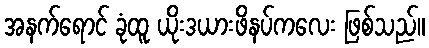
အနက်ရောင် ခုံထူ ယိုးဒယားဖိနပ်ကလေး ဖြစ်သည်။